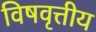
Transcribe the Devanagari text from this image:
विषवृत्तीय